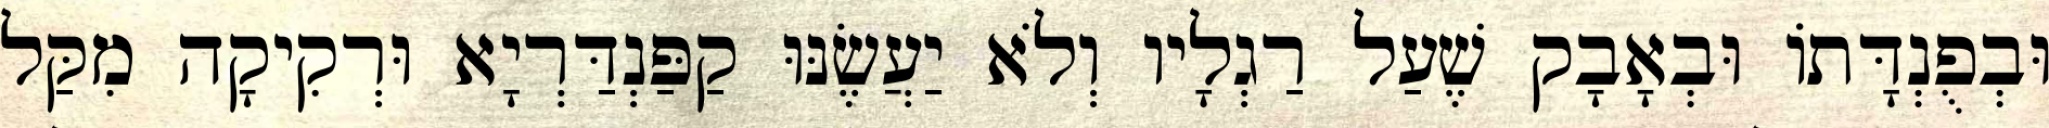
וּבְפֻנְדָּתוֹ וּבְאָבָק שֶׁעַל רַגְלָיו וְלֹא יַעֲשֶׂנּוּ קַפַּנְדַּרְיָא וּרְקִיקָה מִקַּל